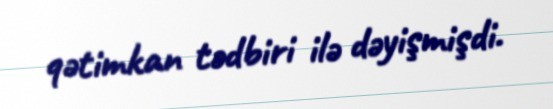
qətimkan tədbiri ilə dəyişmişdi.